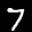
Label: 7